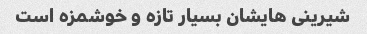
شیرینی هایشان بسیار تازه و خوشمزه است